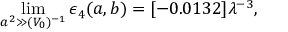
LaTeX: \operatorname * { l i m } _ { a ^ { 2 } \gg ( V _ { 0 } ) ^ { - 1 } } \epsilon _ { 4 } ( a , b ) = [ - 0 . 0 1 3 2 ] \lambda ^ { - 3 } ,